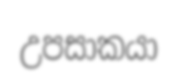
උපසාකයා